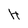
Character: H